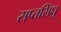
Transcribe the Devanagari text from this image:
सप्तसिंधू